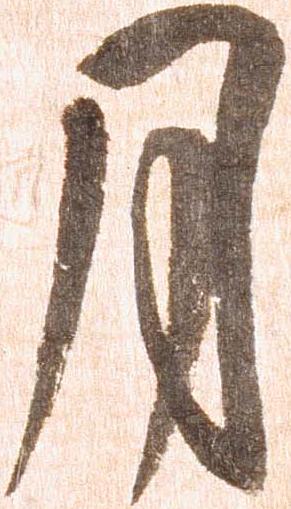
月